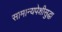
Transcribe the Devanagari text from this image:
सामान्यपेशीसुद्धा